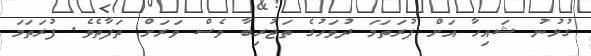
ގުޅުނު ޝައިހާ އަށް ފުރަތަމަ ދުވަހުގެ ތަޖުރިބާ ވެސް ވަރަށް ތަފާތެވެ. ފުރަތަމަ